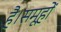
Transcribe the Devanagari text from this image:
है।समूहों